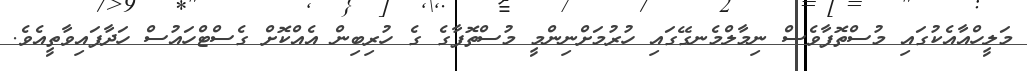
މަލީހްއާއެކުގައި މުސްތޮފާވެސް ނިމާލްމެނގޭގައި ހުރުމަށްނިންމީ މުސްތޮފާގެ ގެ ހުރިބިން އެއްކޮށް ގެސްޓްހައުސް ހަދާފައިވާތީއެވެ.